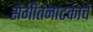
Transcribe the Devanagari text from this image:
संगीतनाटकाचे